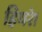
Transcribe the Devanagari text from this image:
हियरे।